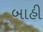
બાહી